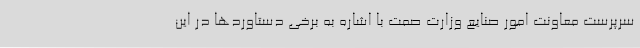
سرپرست معاونت امور صنایع وزارت صمت با اشاره به برخی دستاوردها در این